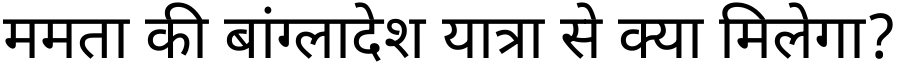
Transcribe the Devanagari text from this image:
ममता की बांग्लादेश यात्रा से क्या मिलेगा?